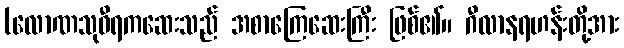
(လောဏသုဝီရကဆေးသည် အစာကြေဆေးကြီး ဖြစ်၏။ ဂီလာနရဟန်းတို့အား